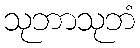
သုဘာသုဘံ